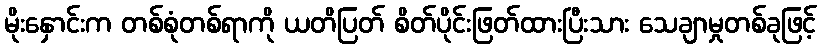
မိုးနှောင်းက တစ်စုံတစ်ရာကို ယတိပြတ် စိတ်ပိုင်းဖြတ်ထားပြီးသား သေချာမှုတစ်ခုဖြင့်